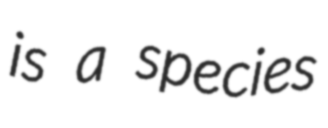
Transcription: is a species